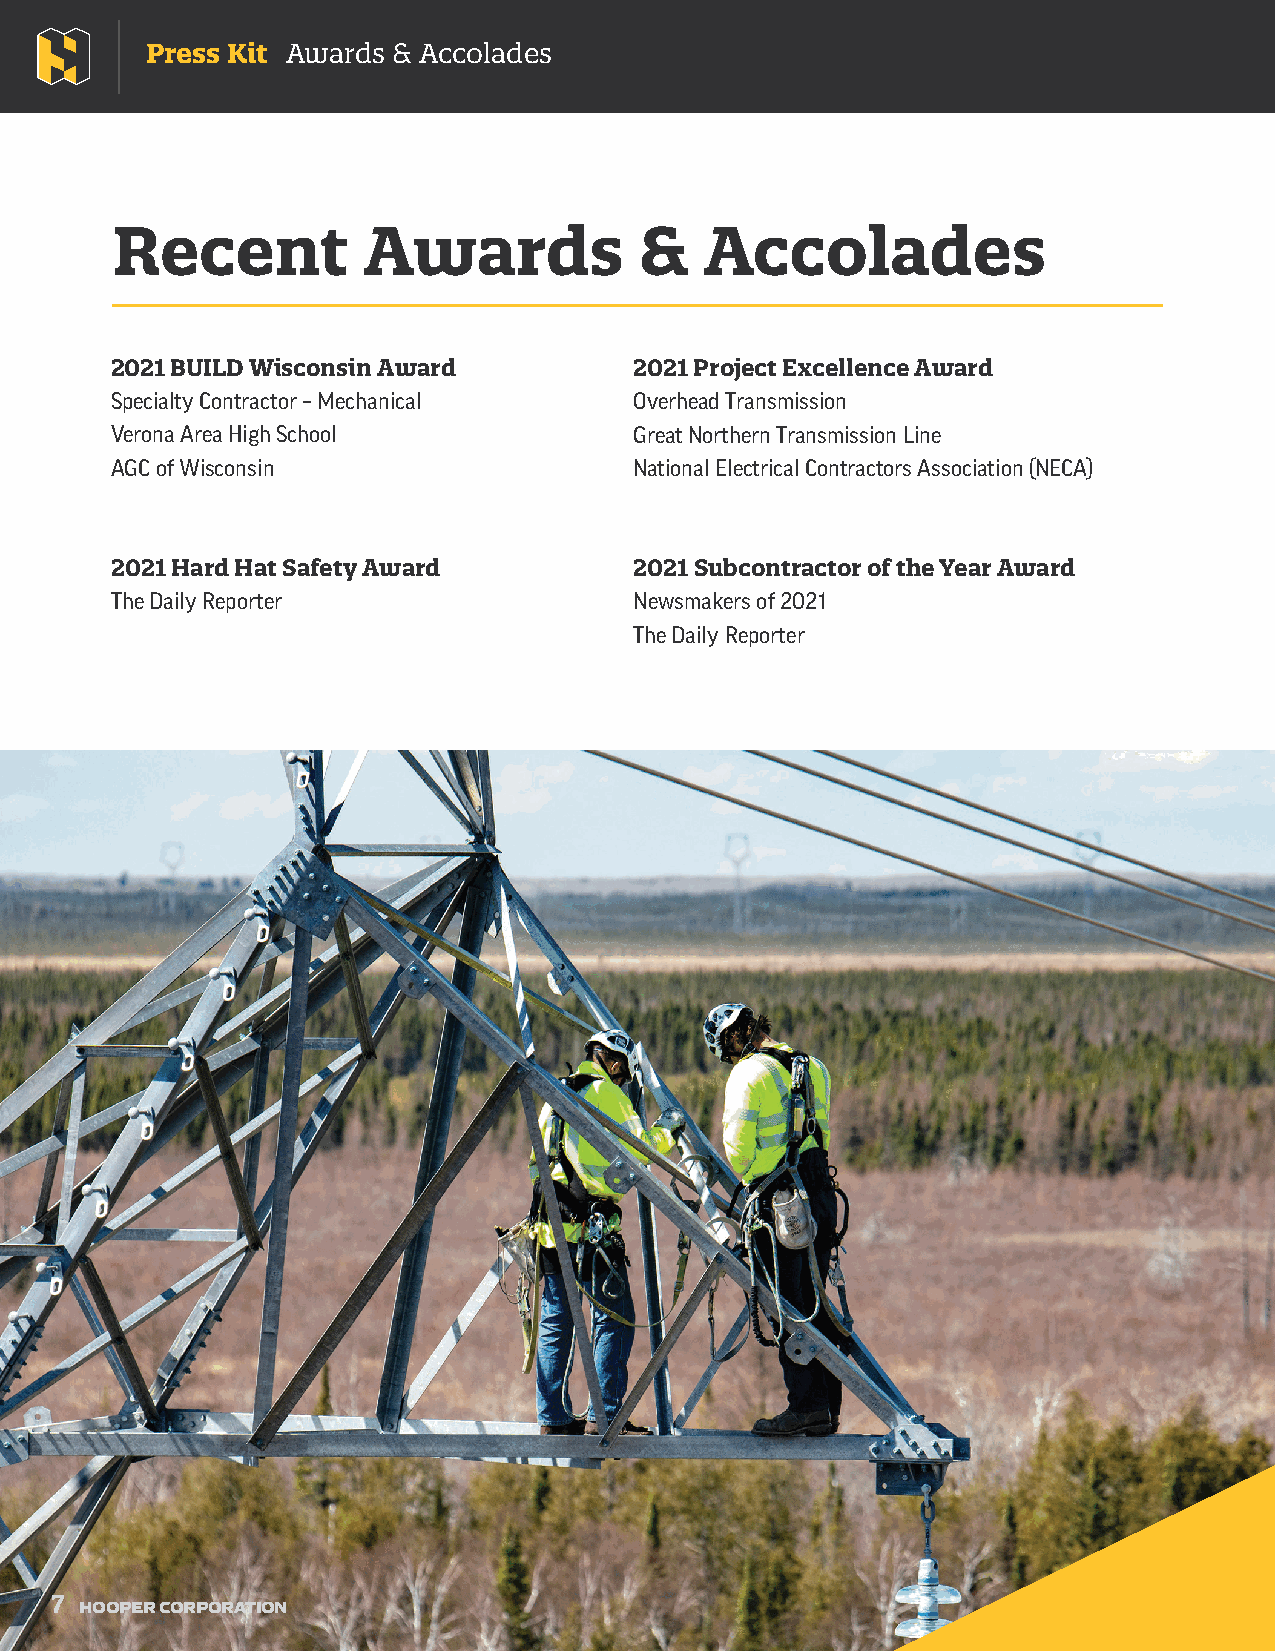
Press Kit Awards & Accolades
 Recent           Awards            &    Accolades
 2021 BUILD Wisconsin Award         2021 Project Excellence Award
 Specialty Contractor – Mechanical  Overhead Transmission
 Verona Area High School            Great Northern Transmission Line
 AGC of Wisconsin                   National Electrical Contractors Association (NECA)
 2021 Hard Hat Safety Award         2021 Subcontractor of the Year Award
 The Daily Reporter                 Newsmakers of 2021
 The Daily Reporter
 7
 HOOPER CORPORATION